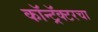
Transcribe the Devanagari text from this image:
कॉन्ट्रॅक्टरचा